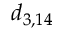
d _ { 3 , 1 4 }